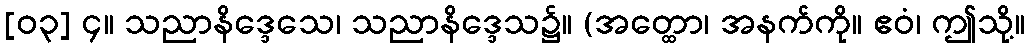
[၀၃] ၄။ သညာနိဒ္ဒေသေ၊ သညာနိဒ္ဒေသ၌။ (အတ္ထော၊ အနက်ကို။ ဧဝံ၊ ဤသို့။